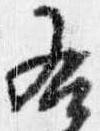
右